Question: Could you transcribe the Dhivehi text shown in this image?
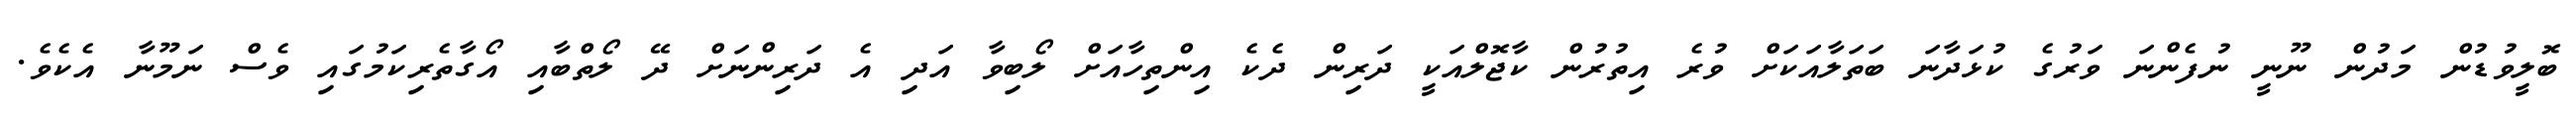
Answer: ބޮލީވުޑުން މަދުން ނޫނީ ނުފެންނަ ވަރުގެ ކުޅަދާނަ ބަތަލާއަކަށް ވުރެ އިތުރުން ކާޖޮލްއަކީ ދަރިން ދެކެ އިންތިހާއަށް ލޯބިވާ އަދި އެ ދަރިންނަށް ދޭ ލޯތްބާއި އޯގާތެރިކަމުގައި ވެސް ނަމޫނާ އެކެވެ.